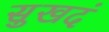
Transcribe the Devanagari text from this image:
सुखदं